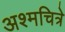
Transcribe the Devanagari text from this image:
अश्मचित्रे